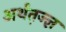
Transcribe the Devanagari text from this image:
अर्थत़ज्ज्ञ